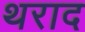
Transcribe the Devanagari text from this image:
थराद